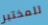
للمختبر